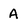
Character: A